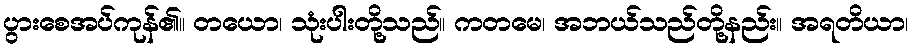
ပွားစေအပ်ကုန်၏။ တယော၊ သုံးပါးတို့သည်။ ကတမေ၊ အဘယ်သည်တို့နည်း။ အရတိယာ၊